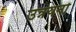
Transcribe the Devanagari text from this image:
उन्नयनों